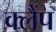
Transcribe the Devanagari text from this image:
क्‍लैंप